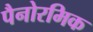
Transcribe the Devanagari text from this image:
पैनोरमिक